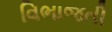
વિભાજતી